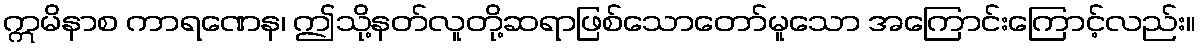
ဣမိနာစ ကာရဏေန၊ ဤသို့နတ်လူတို့ဆရာဖြစ်သောတော်မူသော အကြောင်းကြောင့်လည်း။